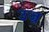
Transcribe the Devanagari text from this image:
उज्र